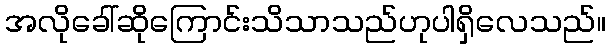
အလိုခေါ်ဆိုကြောင်းသိသာသည်ဟုပါရှိလေသည်။